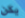
يكن